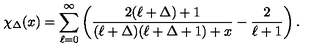
\chi _ { \Delta } ( x ) = \sum _ { \ell = 0 } ^ { \infty } \left( \frac { 2 ( \ell + \Delta ) + 1 } { ( \ell + \Delta ) ( \ell + \Delta + 1 ) + x } - \frac { 2 } { \ell + 1 } \right) .